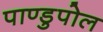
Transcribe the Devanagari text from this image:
पाण्डुपोल